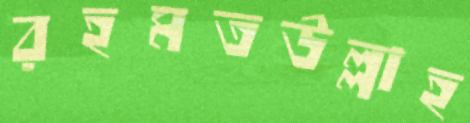
রহমতউল্লাহ